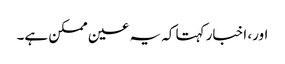
اور، اخبار کہتا کہ یہ عین ممکن ہے۔